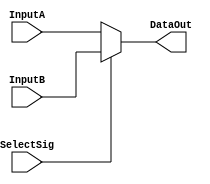
`timescale 1ns / 1ps
//////////////////////////////////////////////////////////////////////////////////
// Company: 
// Engineer: 
// 
// Design Name: 
// Module Name: MUX_2to1_32bits
// Project Name: 
// Target Devices: 
// Tool Versions: 
// Description: 
// 
// Dependencies: 
// 
// Revision:
// Revision 0.01 - File Created
// Additional Comments:
// 
//////////////////////////////////////////////////////////////////////////////////


module MUX_2to1_32bits(
    input SelectSig,
    input[31:0] InputA,
    input[31:0] InputB,
    output[31:0] DataOut
    );    
    assign DataOut = SelectSig ? InputB : InputA;    
endmodule